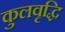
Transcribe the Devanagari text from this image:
कुलवृद्धि